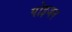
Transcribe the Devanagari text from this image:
पोइजन